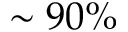
\sim 9 0 \%